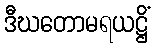
ဒီဃတောမရယဋ္ဌိံ